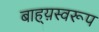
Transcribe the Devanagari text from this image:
बाह्य़स्वरूप